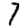
Digit: 7